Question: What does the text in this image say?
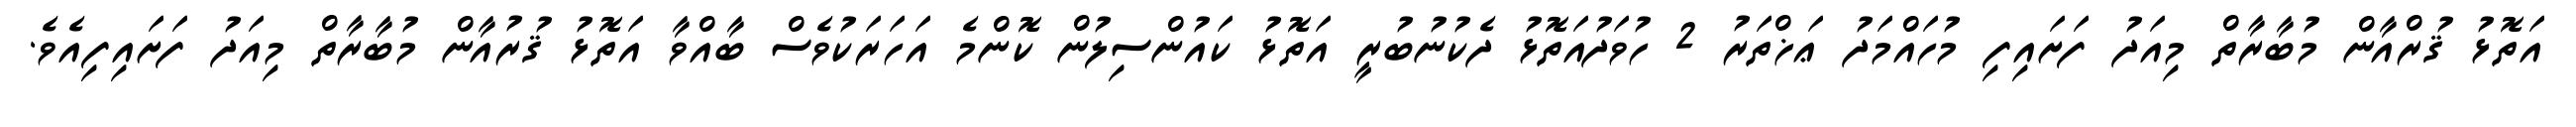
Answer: އަތޮޅު ޤުރްއާން މުބާރާތް މިއަދު ފަށައިފި މުހައްމަދު ޢަޚްތަރު 2 ހުވަދުއަތޮޅު ދެކުނުބުރީ އަތޮޅު ކައުންސިލުން ކޮންމެ އަހަރަކުވެސް ބާއްވާ އަތޮޅު ޤުރުއާން މުބާރާތް މިއަދު ފަށައިފިއެވެ.